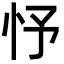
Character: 忬